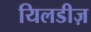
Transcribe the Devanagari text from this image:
यिलडीज़